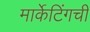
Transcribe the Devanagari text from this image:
मार्केटिंगची